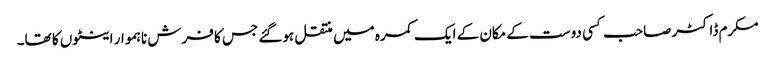
مکرم ڈاکٹر صاحب کسی دوست کے مکان کے ایک کمرہ میں منتقل ہوگئے جس کا فرش ناہموار اینٹوں کا تھا۔